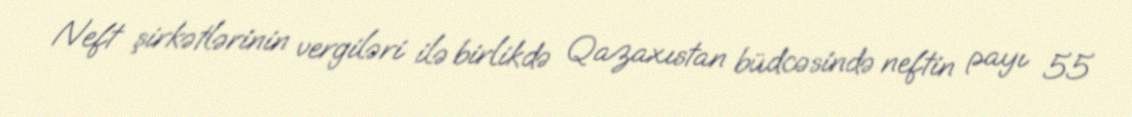
Neft şirkətlərinin vergiləri ilə birlikdə Qazaxıstan büdcəsində neftin payı 55